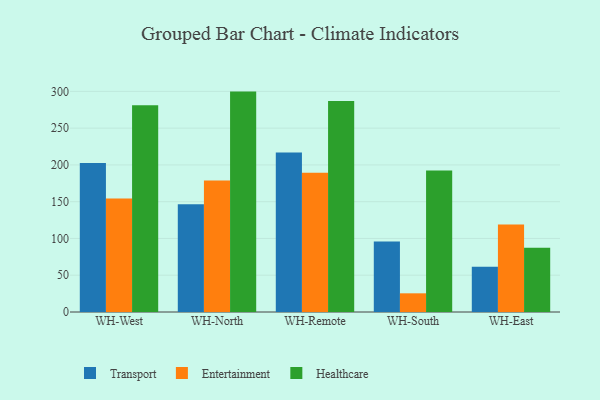
{"axis": {"x": "Warehouse", "y": "Market Share (%)"}, "legend": ["Entertainment", "Healthcare", "Transport"], "data": [{"x": "WH-West", "y": 202.6, "type": "Transport"}, {"x": "WH-West", "y": 154.4, "type": "Entertainment"}, {"x": "WH-West", "y": 281.1, "type": "Healthcare"}, {"x": "WH-North", "y": 146.6, "type": "Transport"}, {"x": "WH-North", "y": 178.9, "type": "Entertainment"}, {"x": "WH-North", "y": 299.7, "type": "Healthcare"}, {"x": "WH-Remote", "y": 216.8, "type": "Transport"}, {"x": "WH-Remote", "y": 189.4, "type": "Entertainment"}, {"x": "WH-Remote", "y": 287.0, "type": "Healthcare"}, {"x": "WH-South", "y": 95.7, "type": "Transport"}, {"x": "WH-South", "y": 25.4, "type": "Entertainment"}, {"x": "WH-South", "y": 192.4, "type": "Healthcare"}, {"x": "WH-East", "y": 61.6, "type": "Transport"}, {"x": "WH-East", "y": 119.1, "type": "Entertainment"}, {"x": "WH-East", "y": 87.3, "type": "Healthcare"}]}